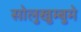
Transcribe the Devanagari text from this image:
सोलुखुम्बुमे